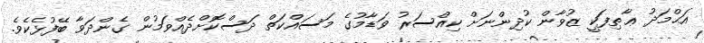
އަޙްމަދު ޢާޠިފަކީ ޒުވާން ކުދިންނަށް ކިއްސަރު ވަޑާމުގެ މަސައްކަތް ދަސްކޮށްދެއްވަމުން ގެންދަވާ ބޭފުޅެކެވެ.